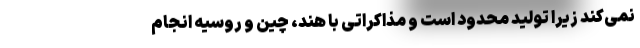
نمی‌کند زیرا تولید محدود است و مذاکراتی با هند، چین و روسیه انجام